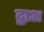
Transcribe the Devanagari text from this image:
द्वाअ